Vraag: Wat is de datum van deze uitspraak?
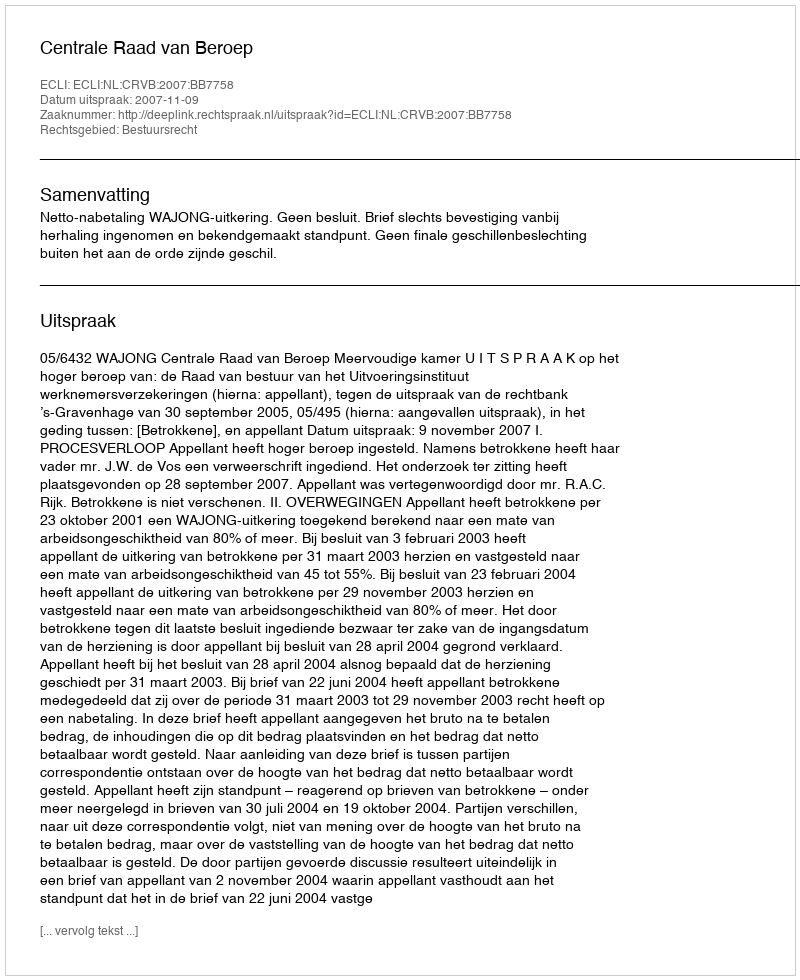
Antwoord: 2007-11-09